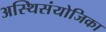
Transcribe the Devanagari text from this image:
अस्थिसंयोजिका